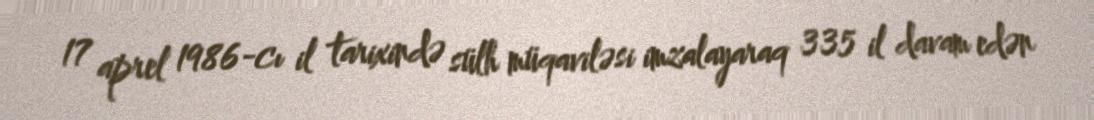
17 aprel 1986-cı il tarixində sülh müqaviləsi imzalayaraq 335 il davam edən